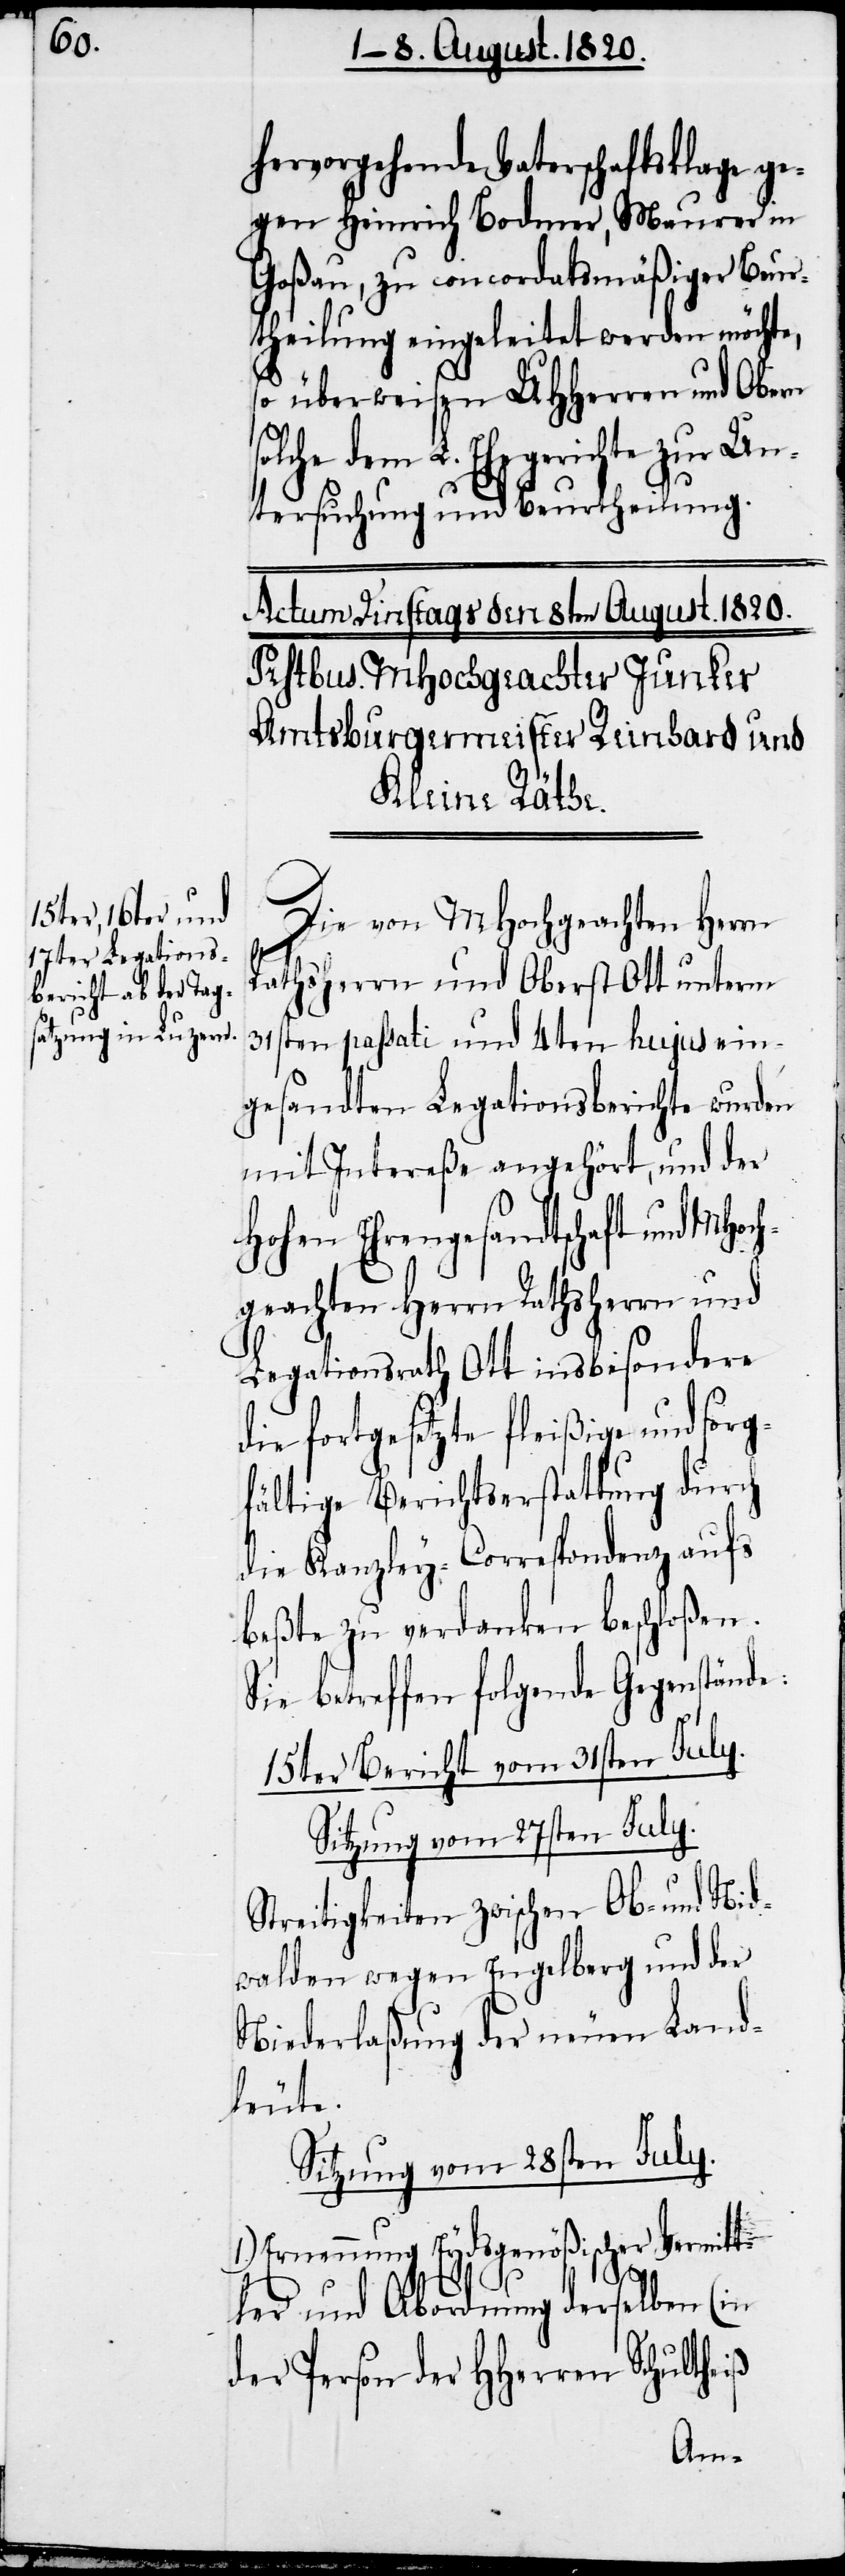
hervorgehende Vaterschaftsklage ge¬
gen Heinrich Bodmer, Maurer in
Goßau, zu concordatsmäßiger Beur¬
theilung eingeleitet werden möchte,
so überweisen UHHerren und Obern
dem L. Ehegerichte zur Un¬
tersuchung und Beurtheilung.
Die von MHochgeachten Herrn
iß
Rathsherrn und Oberst Ott unterm
31sten passati und 4ten hujus ein¬
gesandten Legationsberichte wurden
mit Intereße angehört, und der
hohen Ehrengesandtschaft und MHo¬
geachten Herrn Rathsherrn und
Legationsrath Ott insbesondere
die fortgesetzte fleißige und sorg¬
fältige Berichtserstattung durch
die Kanzley-Correspondenz aufs
beßte zu verdanken beschloßen.
Sie betreffen folgende Gegenstände:
15ter Bericht vom 31sten July.
Sitzung vom 27sten July.
Streitigkeiten zwischen Ob- und Nid¬
walden wegen Engelberg und der
Niederlaßung der neuen Land¬
leute.
Sitzung vom 28sten July.
1.) Ernennung Eydsgenößischer Vermit¬
tler und Abordnung derselben (in
der Person der HHerren Schulthe¬